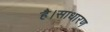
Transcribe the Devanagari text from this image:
है।साधारण